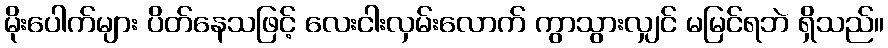
မိုးပေါက်များ ပိတ်နေသဖြင့် လေးငါးလှမ်းလောက် ကွာသွားလျှင် မမြင်ရဘဲ ရှိသည်။